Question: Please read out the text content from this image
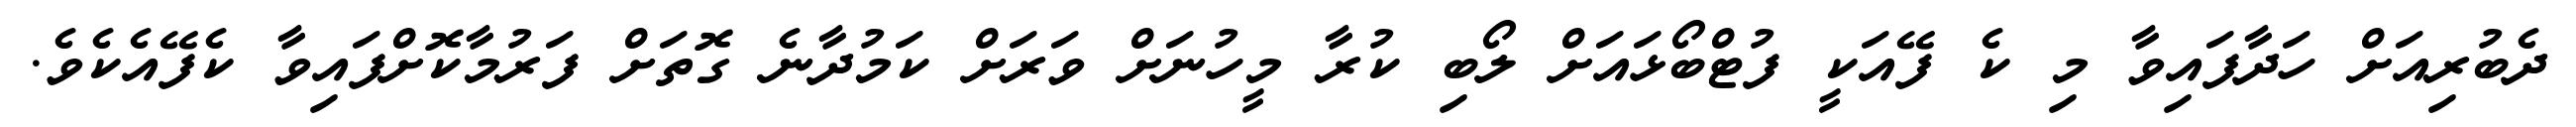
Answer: ދެބުރިއަށް ހަދާފައިވާ މި ކެ ފޭއަކީ ފުޓްބޯޅައަށް ލޯބި ކުރާ މީހުނަށް ވަރަށް ކަމުދާނެ ގޮތަށް ފަރުމާކޮށްފައިވާ ކެފޭއެކެވެ.